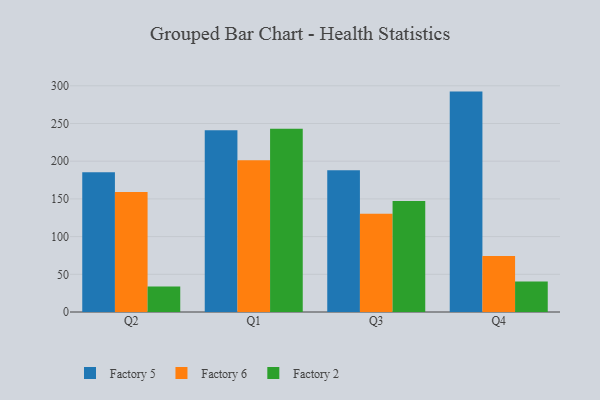
{"axis": {"x": "Quarter", "y": "Humidity (%)"}, "legend": ["Factory 2", "Factory 5", "Factory 6"], "data": [{"x": "Q2", "y": 185.4, "type": "Factory 5"}, {"x": "Q2", "y": 159.0, "type": "Factory 6"}, {"x": "Q2", "y": 33.8, "type": "Factory 2"}, {"x": "Q1", "y": 241.1, "type": "Factory 5"}, {"x": "Q1", "y": 201.2, "type": "Factory 6"}, {"x": "Q1", "y": 243.0, "type": "Factory 2"}, {"x": "Q3", "y": 188.1, "type": "Factory 5"}, {"x": "Q3", "y": 130.2, "type": "Factory 6"}, {"x": "Q3", "y": 147.2, "type": "Factory 2"}, {"x": "Q4", "y": 292.3, "type": "Factory 5"}, {"x": "Q4", "y": 74.2, "type": "Factory 6"}, {"x": "Q4", "y": 40.3, "type": "Factory 2"}]}